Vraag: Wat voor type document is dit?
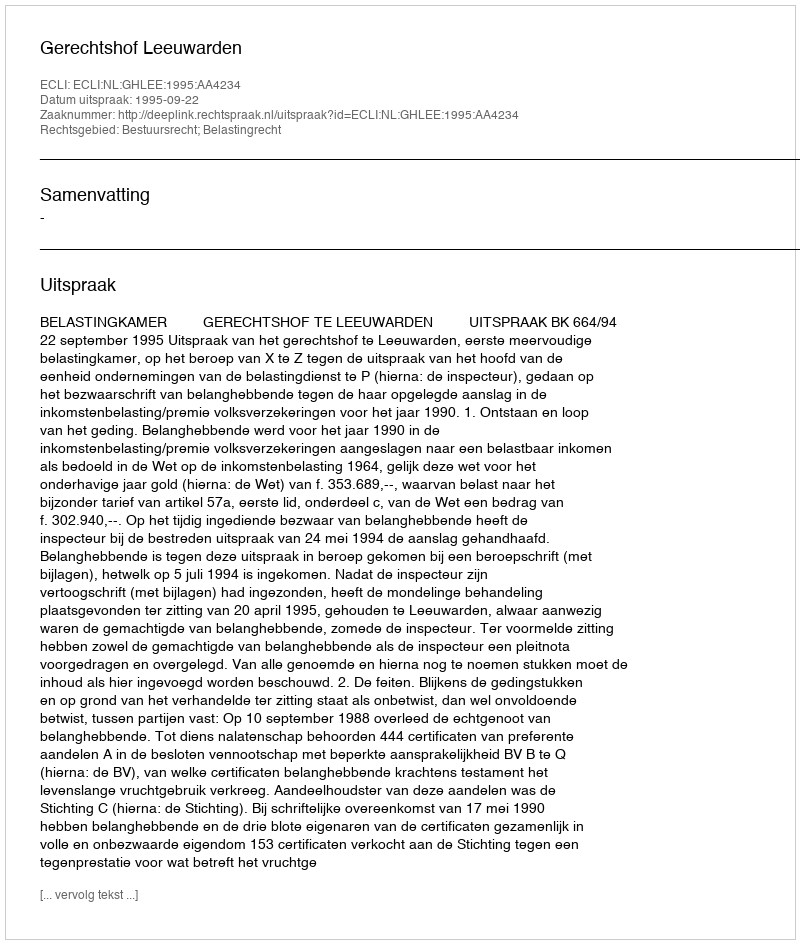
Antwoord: Uitspraak